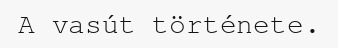
A vasút története.